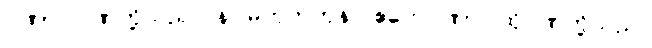
ဂုဏာ၊ ဂုဏ်တို့သည်။ န၊ မဟုတ်ကုန်။ ဧတေဂုဏာ၊ ထိုဂုဏ်တို့သည်။